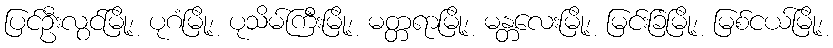
ပြင်ဦးလွင်မြို့၊ ပုဂံမြို့၊ ပုသိမ်ကြီးမြို့၊ မတ္တရာမြို့၊ မန္တလေးမြို့၊ မြင်းခြံမြို့၊ မြစ်ငယ်မြို့၊